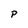
Character: P